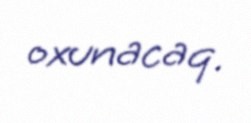
oxunacaq.